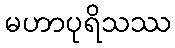
မဟာပုရိသဿ